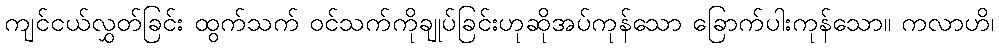
ကျင်ငယ်လွှတ်ခြင်း ထွက်သက် ဝင်သက်ကိုချုပ်ခြင်းဟုဆိုအပ်ကုန်သော ခြောက်ပါးကုန်သော။ ကလာဟိ၊